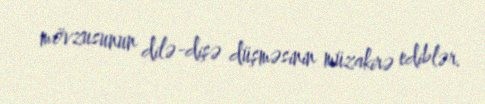
mövzusunun dilə-dişə düşməsinin müzakirə ediblər.